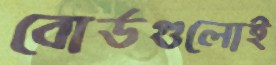
বোর্ডগুলোই